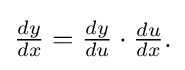
{\textstyle {\frac {dy}{dx}}={\frac {dy}{du}}\cdot {\frac {du}{dx}}.}